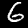
Label: 6